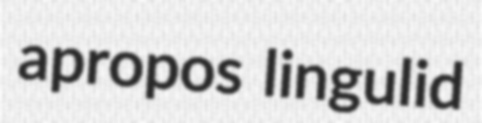
apropos lingulid